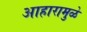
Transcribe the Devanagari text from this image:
आहारामुळे